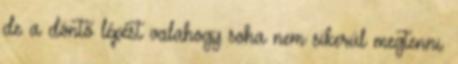
de a döntő lépést valahogy soha nem sikerül megtenni.